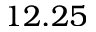
1 2 . 2 5